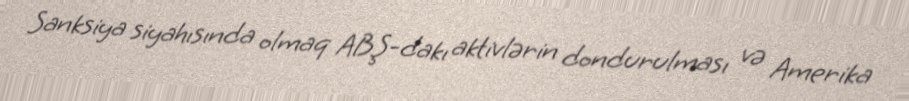
Sanksiya siyahısında olmaq ABŞ-dakı aktivlərin dondurulması və Amerika